Vaccination in Bombay 1889-1901 - 1889-1901
Year: 1889
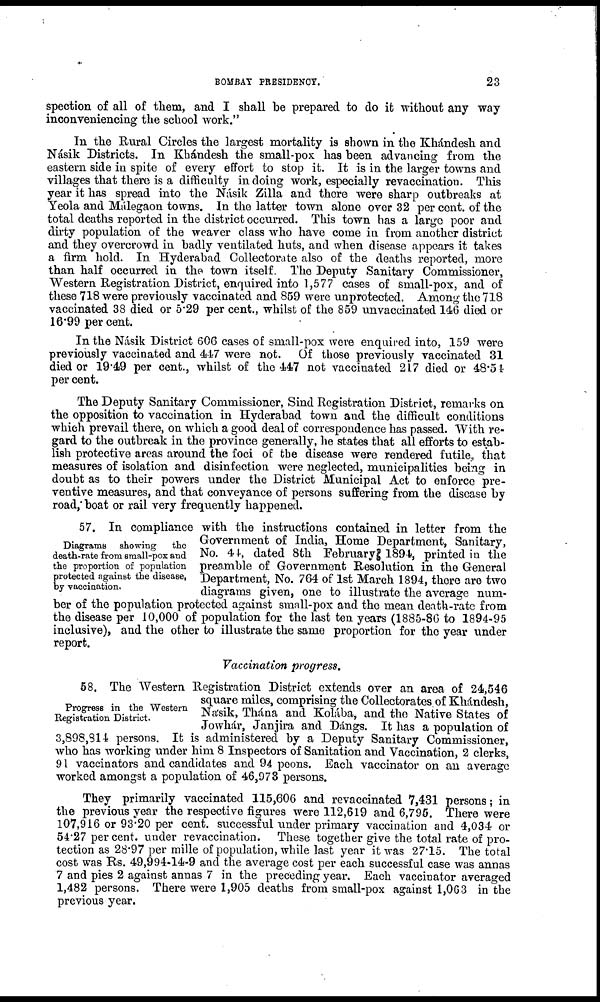
BOMBAY PRESIDENCY.
23
spection of all of them, and I shall be prepared to do it without any way
inconveniencing the school work."
In the Rural Circles the largest mortality is shown in the Khándesh and
Násik Districts. In Khándesh the small-pox has been advancing from the
eastern side in spite of every effort to stop it. It is in the larger towns and
villages that there is a difficulty in doing work, especially revaccination. This
year it has spread into the Násik Zilla and there were sharp outbreaks at
Yeola and Málegaon towns. In the latter town alone over 32 per cent. of the
total deaths reported in the district occurred. This town has a large poor and
dirty population of the weaver class who have come in from another district
and they overcrowd in badly ventilated huts, and when disease appears it takes
a firm hold. In Hyderabad Collectorate also of the deaths reported, more
than half occurred in the town itself. The Deputy Sanitary Commissioner,
Western Registration District, enquired into 1,577 cases of small-pox, and of
these 718 were previously vaccinated and 859 were unprotected. Among the 718
vaccinated 38 died or 5.29 per cent., whilst of the 859 unvaccinated 146 died or
16.99 per cent.
In the Násik District 606 cases of small-pox were enquired into, 159 were
previously vaccinated and 447 were not. Of those previously vaccinated 31
died or 19.49 per cent., whilst of the 447 not vaccinated 217 died or 48.54
per cent.
The Deputy Sanitary Commissioner, Sind Registration District, remarks on
the opposition to vaccination in Hyderabad town and the difficult conditions
which prevail there, on which a good deal of correspondence has passed. With re-
gard to the outbreak in the province generally, he states that all efforts to estab-
lish protective areas around the foci of the disease were rendered futile, that
measures of isolation and disinfection were neglected, municipalities being in
doubt as to their powers under the District Municipal Act to enforce pre-
ventive measures, and that conveyance of persons suffering from the disease by
road, boat or rail very frequently happened.
Diagrams
showing
the
death-rate from small-pox and
the proportion of population
protected against the disease,
by vaccination.
57. In compliance with the instructions contained in letter from the
Government of India, Home Department, Sanitary,
No. 44, dated 8th February 1894, printed in the
preamble of Government Resolution in the General
Department, No. 764 of 1st March 1894, there are two
diagrams given, one to illustrate the average num-
ber of the population protected against small-pox and the mean death-rate from
the disease per 10,000 of population for the last ten years (1885-86 to 1894-95
inclusive), and the other to illustrate the same proportion for the year under
report.
Vaccination progress.
Progress in the Western
Registration District.
58. The Western Registration District extends over an area of 24,546
square miles, comprising the Collectorates of Khándesh,
Násik, Thána and Kolába, and the Native States of
Jowhár, Janjira and Dángs. It has a population of
3,898,814 persons. It is administered by a Deputy Sanitary Commissioner,
who has working under him 8 Inspectors of Sanitation and Vaccination, 2 clerks,
91 vaccinators and candidates and 94 peons. Each vaccinator on an average
worked amongst a population of 46,973 persons.
They primarily vaccinated 115,606 and revaccinated 7,431 persons; in
the previous year the respective figures were 112,619 and 6,795. There were
107,916 or 93.20 per cent. successful under primary vaccination and 4,034 or
54.27 per cent. under revaccination. These together give the total rate of pro-
tection as 28.97 per mille of population, while last year it was 27.15. The total
cost was Rs. 49,994-14-9 and the average cost per each successful case was annas
7 and pies 2 against annas 7 in the preceding year. Each vaccinator averaged
1,482 persons. There were 1,905 deaths from small-pox against 1,063 in the
previous year.